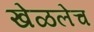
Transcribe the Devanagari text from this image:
खेळलेच